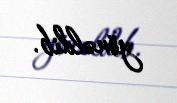
yönəldib.